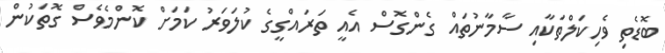
ބޮޑެތި ވެހިކަލްތަކާއި ސާމާނުތައް ގެންގޮސް އެއީ ތަރައްގީގެ ކުލަވަރު ކަމަށް ކޮންމެވެސް ގޮތަކުން